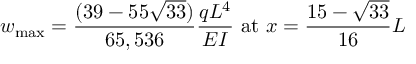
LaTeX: w _ { \mathrm { m a x } } = { \frac { ( 3 9 - 5 5 { \sqrt { 3 3 } } ) } { 6 5 , 5 3 6 } } { \frac { q L ^ { 4 } } { E I } } { \mathrm { ~ a t ~ } } x = { \frac { 1 5 - { \sqrt { 3 3 } } } { 1 6 } } L